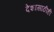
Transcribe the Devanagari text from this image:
देशासाठीही